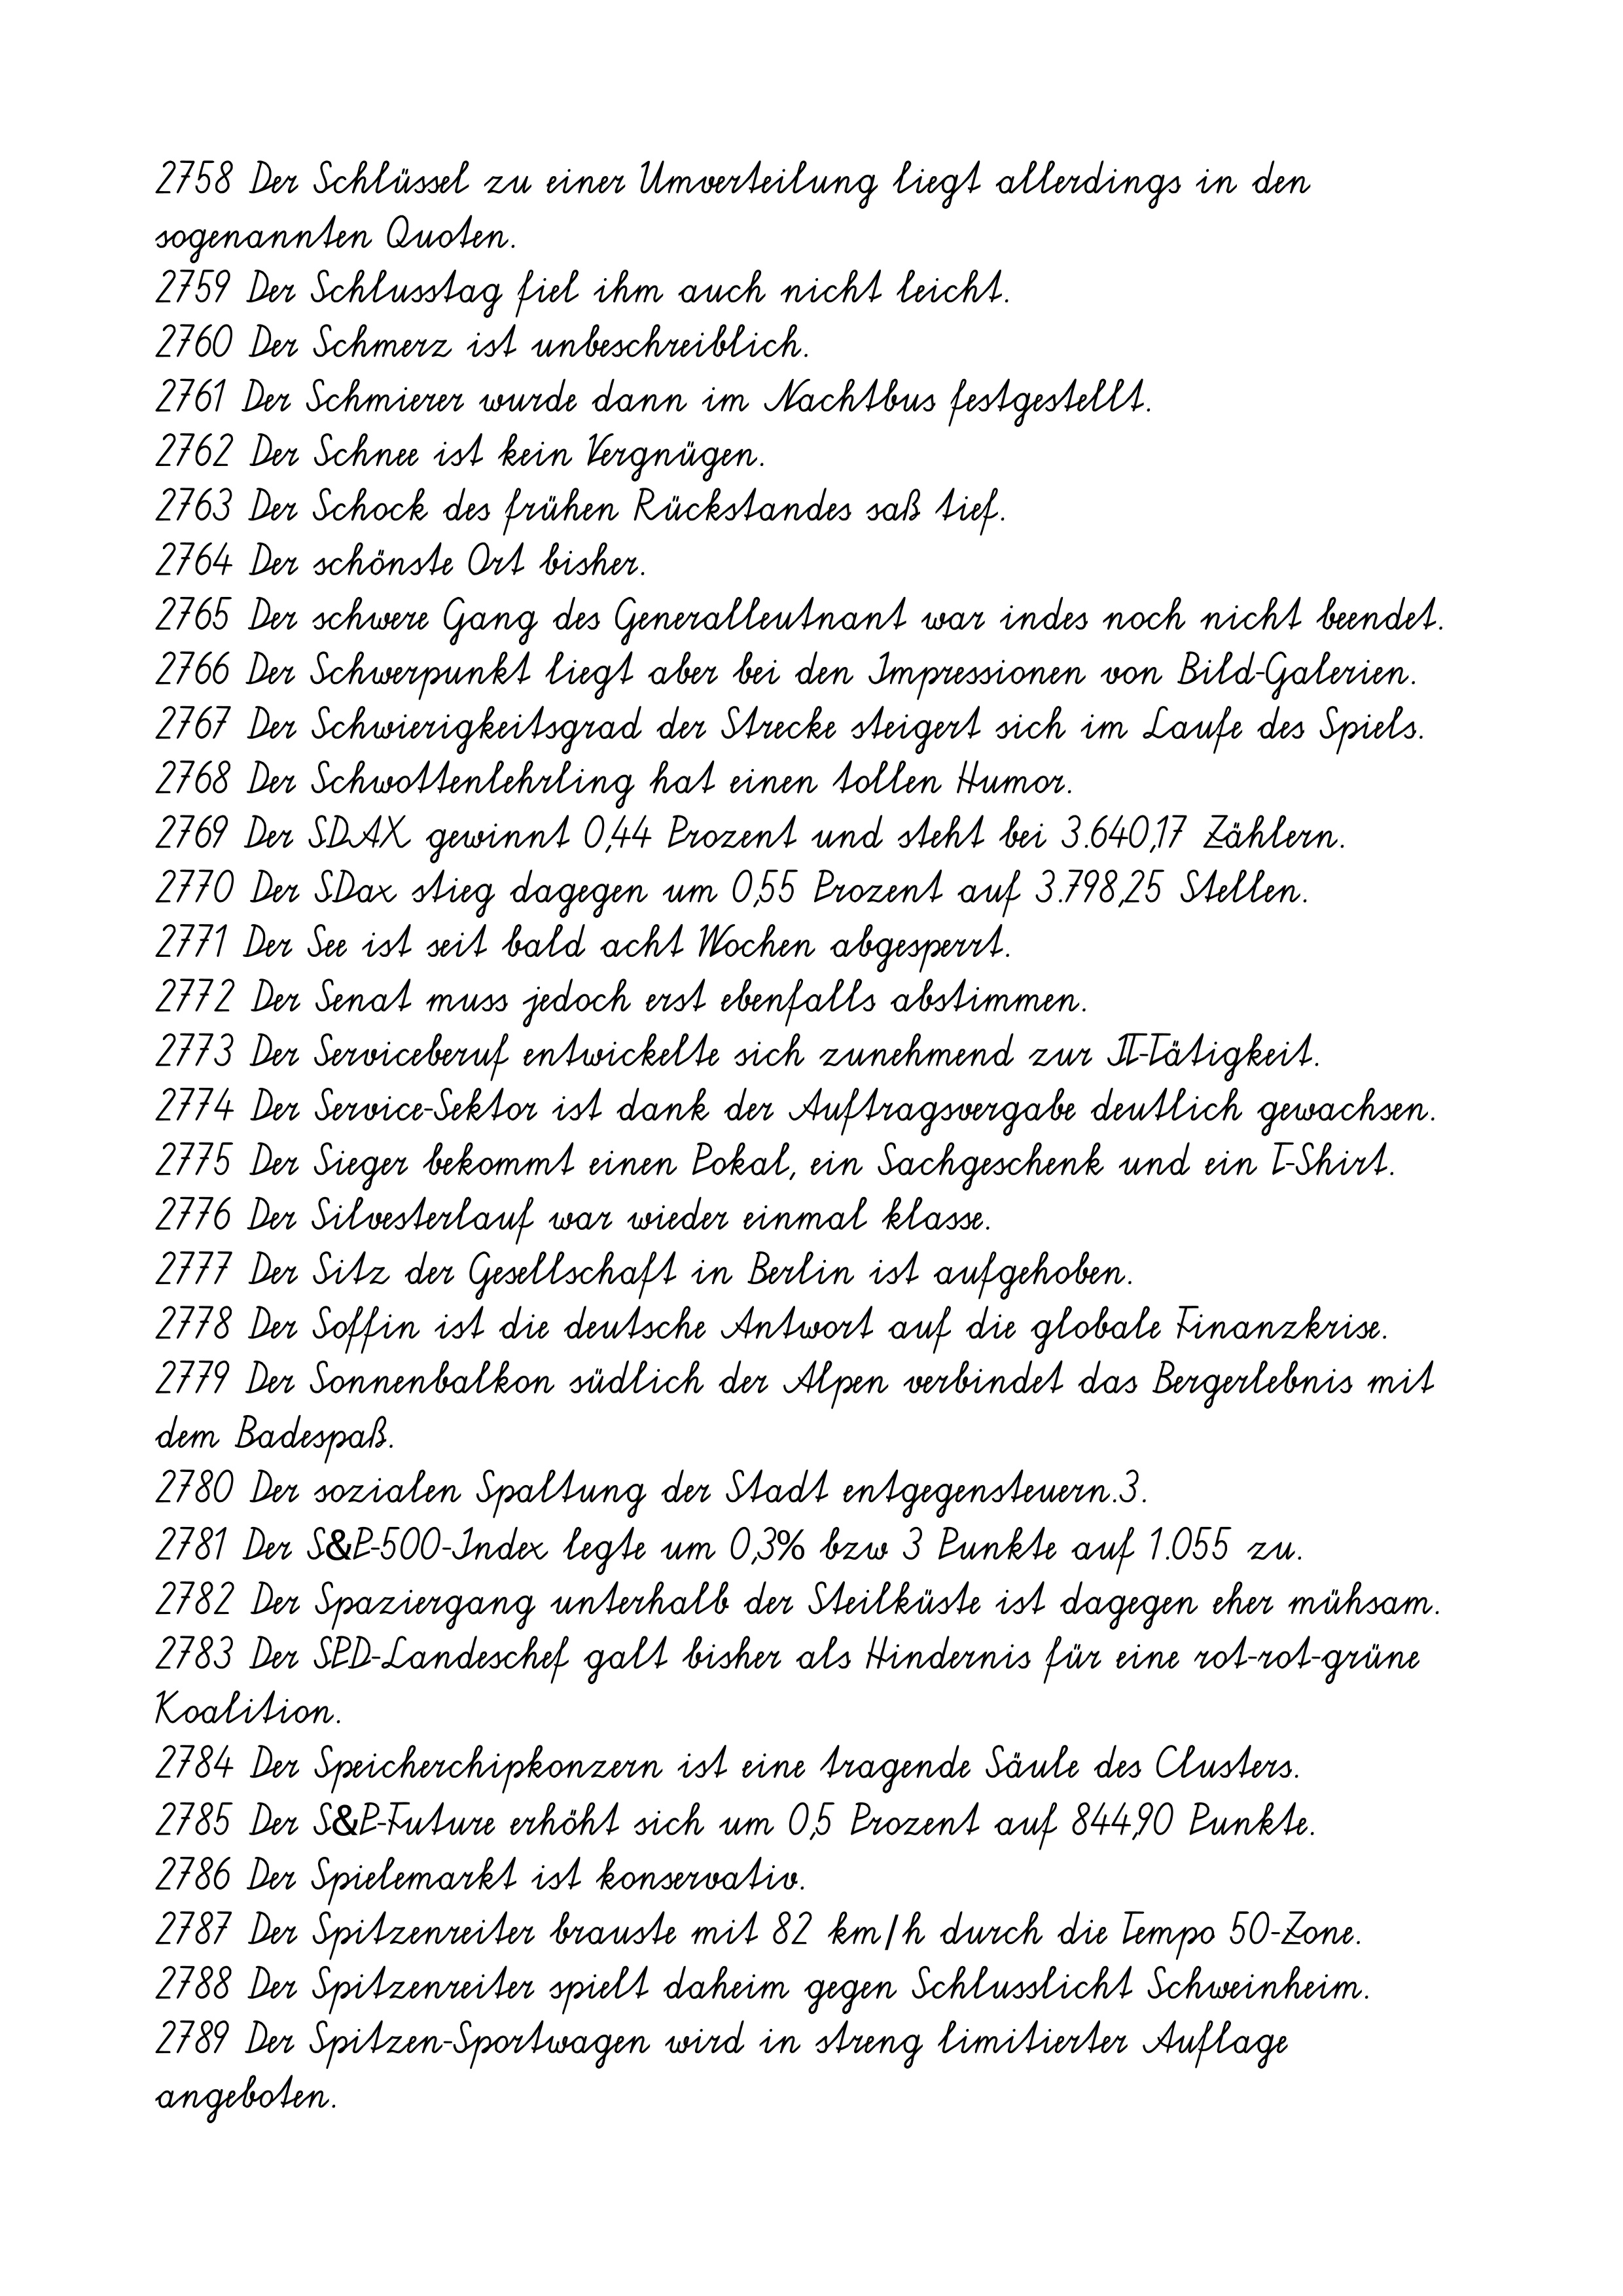
2758 Der Schlüssel zu einer Umverteilung liegt allerdings in den
sogenannten Quoten.
2759 Der Schlusstag fiel ihm auch nicht leicht.
2760 Der Schmerz ist unbeschreiblich.
2761 Der Schmierer wurde dann im Nachtbus festgestellt.
2762 Der Schnee ist kein Vergnügen.
2763 Der Schock des frühen Rückstandes saß tief.
2764 Der schönste Ort bisher.
2765 Der schwere Gang des Generalleutnant war indes noch nicht beendet.
2766 Der Schwerpunkt liegt aber bei den Impressionen von Bild-Galerien.
2767 Der Schwierigkeitsgrad der Strecke steigert sich im Laufe des Spiels.
2768 Der Schwottenlehrling hat einen tollen Humor.
2769 Der SDAX gewinnt 0,44 Prozent und steht bei 3.640,17 Zählern.
2770 Der SDax stieg dagegen um 0,55 Prozent auf 3.798,25 Stellen.
2771 Der See ist seit bald acht Wochen abgesperrt.
2772 Der Senat muss jedoch erst ebenfalls abstimmen.
2773 Der Serviceberuf entwickelte sich zunehmend zur IT-Tätigkeit.
2774 Der Service-Sektor ist dank der Auftragsvergabe deutlich gewachsen.
2775 Der Sieger bekommt einen Pokal, ein Sachgeschenk und ein T-Shirt.
2776 Der Silvesterlauf war wieder einmal klasse.
2777 Der Sitz der Gesellschaft in Berlin ist aufgehoben.
2778 Der Soffin ist die deutsche Antwort auf die globale Finanzkrise.
2779 Der Sonnenbalkon südlich der Alpen verbindet das Bergerlebnis mit
dem Badespaß.
2780 Der sozialen Spaltung der Stadt entgegensteuern.3.
2781 Der S&P-500-Index legte um 0,3% bzw 3 Punkte auf 1.055 zu.
2782 Der Spaziergang unterhalb der Steilküste ist dagegen eher mühsam.
2783 Der SPD-Landeschef galt bisher als Hindernis für eine rot-rot-grüne
Koalition.
2784 Der Speicherchipkonzern ist eine tragende Säule des Clusters.
2785 Der S&P-Future erhöht sich um 0,5 Prozent auf 844,90 Punkte.
2786 Der Spielemarkt ist konservativ.
2787 Der Spitzenreiter brauste mit 82 km/h durch die Tempo 50-Zone.
2788 Der Spitzenreiter spielt daheim gegen Schlusslicht Schweinheim.
2789 Der Spitzen-Sportwagen wird in streng limitierter Auflage
angeboten.